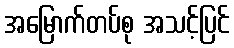
အမြောက်တပ်စု အသင့်ပြင်